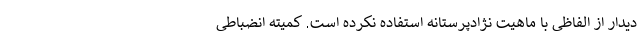
دیدار از الفاظی با ماهیت نژادپرستانه استفاده نکرده است. کمیته انضباطی